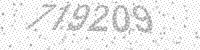
Solution: 719209